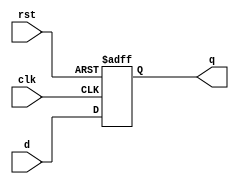
/*********************************************************
 *
 *  Module: FlipFlop.v
 *  Project: Hunter_RV32
 *  Description: Flipflop
 *
 *********************************************************/
`timescale 1ns/1ns

module FlipFlop(
    input clk, 
    input rst, 
    input d, 
    output reg [0:0] q
);

    always @(posedge clk or posedge rst) begin
        if(rst == 1)
            q<=0;
        else
            q<=d;
    end

endmodule